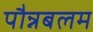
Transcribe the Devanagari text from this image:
पौन्नबलम